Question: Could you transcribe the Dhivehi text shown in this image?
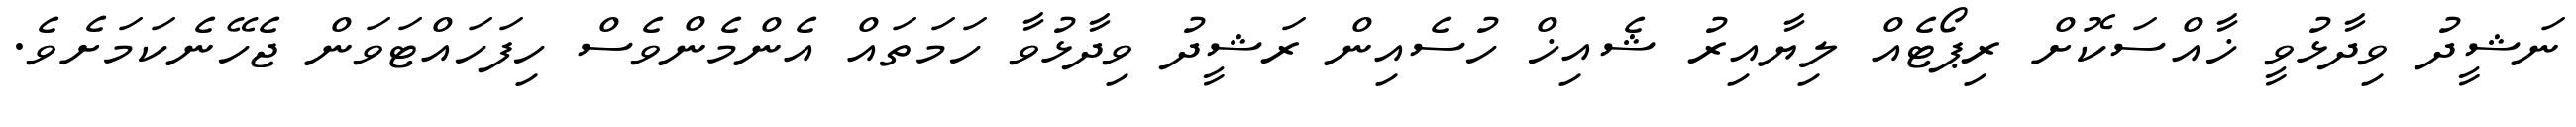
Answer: ނަޝީދު ވިދާޅުވީ ޚާއްސަކޮށް ރިޕޯޓެއް ލިޔާއިރު ޝެއިޚް ހުސެއިން ރަޝީދު ވިދާޅުވާ ހަމަތައް އެންމެންވެސް ހިފަހައްޓަވަން ޖެހޭނެކަމަށެވެ.